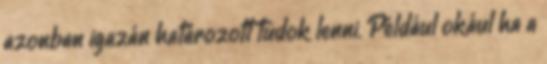
azonban igazán határozott tudok lenni. Például okául ha a